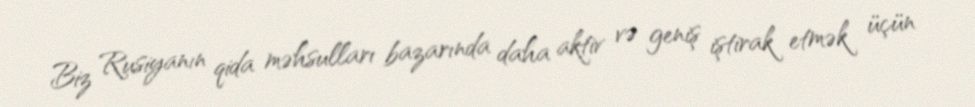
Biz Rusiyanın qida məhsulları bazarında daha aktiv və geniş iştirak etmək üçün